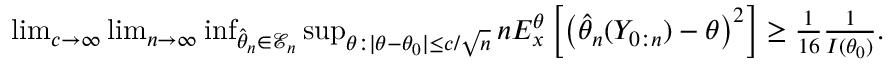
\begin{array} { r } { \operatorname* { l i m } _ { c \rightarrow \infty } \operatorname* { l i m } _ { n \rightarrow \infty } \operatorname* { i n f } _ { \hat { \theta } _ { n } \in \mathcal { E } _ { n } } \operatorname* { s u p } _ { \theta : \vert \theta - \theta _ { 0 } \vert \leq c / \sqrt { n } } n E _ { x } ^ { \theta } \left[ \left( \hat { \theta } _ { n } ( Y _ { 0 : n } ) - \theta \right) ^ { 2 } \right] \geq \frac { 1 } { 1 6 } \frac { 1 } { I ( \theta _ { 0 } ) } . } \end{array}